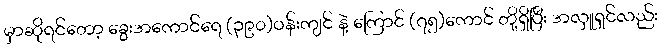
မှာဆိုရင်တော့ ခွေးအကောင်ရေ (၃၉၀)ဝန်းကျင် နဲ့ ကြောင် (၇၅)ကောင် တို့ရှိပြီး အလှူရှင်လည်း